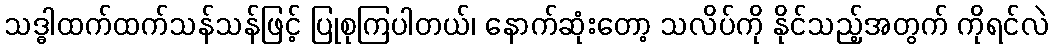
သဒ္ဓါထက်ထက်သန်သန်ဖြင့် ပြုစုကြပါတယ်၊ နောက်ဆုံးတော့ သလိပ်ကို နိုင်သည့်အတွက် ကိုရင်လဲ